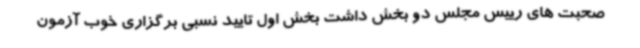
صحبت های رییس مجلس دو بخش داشت بخش اول تایید نسبی برگزاری خوب آزمون